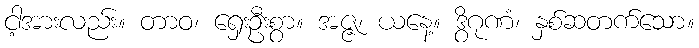
ငါ့အားလည်း။ တာဝ၊ ရှေးဦးစွာ။ အဇ္ဇ၊ ယနေ့။ ဒွိဂုဏံ၊ နှစ်ဆတက်သော။